Report of the Indian Hemp Drugs Commission, 1894-1895 - Volume IV
Year: 1894
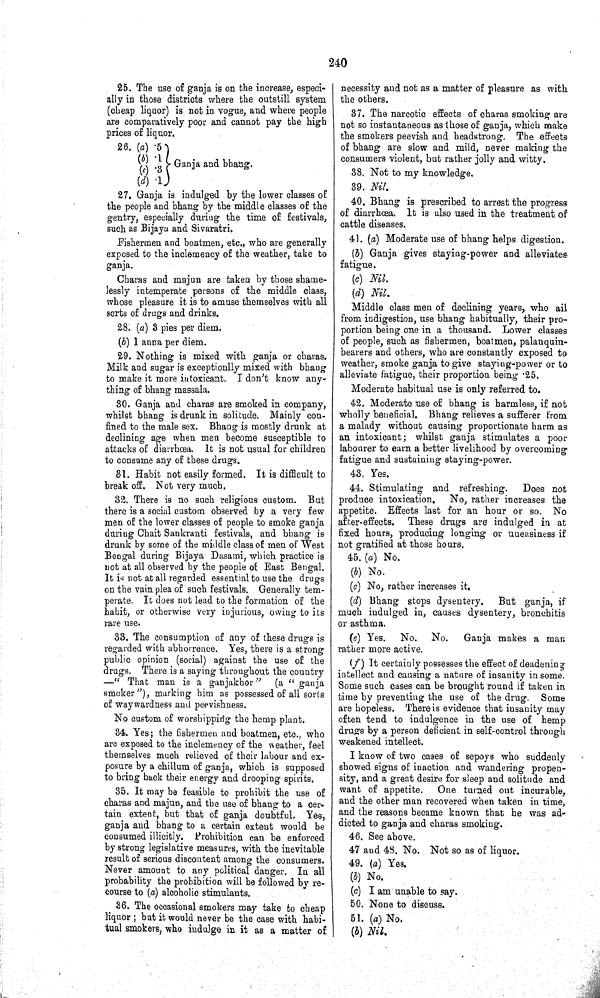
240
25. The use of ganja is on the increase, especi-
ally in those districts where the outstill system
(cheap liquor) is not in vogue, and where people
are comparatively poor and cannot pay the high
prices of liquor.
26. (a) .5
(b) .1
(c) .3 Ganja and bhang.
(d) .1
27. Ganja is indulged by the lower classes of
the people and bhang by the middle classes of the
gentry, especially during the time of festivals,
such as Bijaya and Sivaratri.
Fishermen and boatmen, etc., who are generally
exposed to the inclemency of the weather, take to
ganja.
Charas and majun are taken by those shame-
lessly intemperate persons of the middle class,
whose pleasure it is to amuse themselves with all
sorts of drugs and drinks.
28. (a) 3 pies per diem.
(b) 1 anna per diem.
29. Nothing is mixed with ganja or charas.
Milk and sugar is exceptionlly mixed with bhang
to make it more intoxicant. I don't know any-
thing of bhang massala.
30. Ganja and charas are smoked in company,
whilst bhang is drunk in solitude. Mainly con-
fined to the male sex. Bhang is mostly drunk at
declining age when men become susceptible to
attacks of diarrhœa. It is not usual for children
to consume any of these drugs.
31. Habit not easily formed. It is difficult to
break off. Not very much.
32. There is no such religious custom. But
there is a social custom observed by a very few
men of the lower classes of people to smoke ganja
during Chait Sankranti festivals, and bhang is
drunk by some of the middle class of men of West
Bengal during Bijaya Dasami, which practice is
not at all observed by the people of East Bengal.
It is not at all regarded essential to use the drugs
on the vain plea of such festivals. Generally tem-
perate. It does not lead to the formation of the
habit, or otherwise very injurious, owing to its
rare use.
33. The consumption of any of these drugs is
regarded with abhorrence. Yes, there is a strong
public opinion (social) against the use of the
drugs. There is a saying throughout the country
—"That man is a ganjakhor"
(a "ganja
smoker"), marking him as possessed of all sorts
of waywardness and peevishness.
No custom of worshipping the hemp plant.
34. Yes; the fishermen and boatmen, etc., who
are exposed to the inclemency of the weather, feel
themselves much relieved of their labour and ex-
posure by a chillum of ganja, which is supposed
to bring back their energy and drooping spirits.
35. It may be feasible to prohibit the use of
charas and majun, and the use of bhang to a cer-
tain extent, but that of ganja doubtful. Yes,
ganja and bhang to a certain extent would be
consumed illicitly. Prohibition can be enforced
by strong legislative measures, with the inevitable
result of serious discontent among the consumers.
Never amount to any political danger. In all
probability the prohibition will be followed by re-
course to (a) alcoholic stimulants.
36. The occasional smokers may take to cheap
liquor; but it would never be the case with habi-
tual smokers, who indulge in it as a matter of
necessity and not as a matter of pleasure as with
the others.
37. The narcotic effects of charas smoking are
not so instantaneous as those of ganja, which make
the smokers peevish and headstrong. The effects
of bhang are slow and mild, never making the
consumers violent, but rather jolly and witty.
38. Not to my knowledge.
39. Nil.
40. Bhang is prescribed to arrest the progress
of diarrhœa. It is also used in the treatment of
cattle diseases.
41. (a) Moderate use of bhang helps digestion.
(b) Ganja gives staying-power and alleviates
fatigue.
(c) Nil.
(d) Nil.
Middle class men of declining years, who ail
from indigestion, use bhang habitually, their pro-
portion being one in a thousand. Lower classes
of people, such as fishermen, boatmen, palanquin-
bearers and others, who are constantly exposed to
weather, smoke ganja to give staying-power or to
alleviate fatigue, their proportion being ·25.
Moderate habitual use is only referred to.
42. Moderate use of bhang is harmless, if not
wholly beneficial. Bhang relieves a sufferer from
a malady without causing proportionate harm as
an intoxicant; whilst ganja stimulates a poor
labourer to earn a better livelihood by overcoming
fatigue and sustaining staying-power.
43. Yes.
44. Stimulating and refreshing.
Does not
produce intoxication. No, rather increases the
appetite. Effects last for an hour or so. No
after-effects. These drugs are indulged in at
fixed hours, producing longing or uneasiness if
not gratified at those hours.
45. (a) No.
(b) No.
(c) No, rather increases it.
(d) Bhang stops dysentery.
But ganja, if
much indulged in, causes dysentery, bronchitis
or asthma.
(e) Yes. No. No.
Ganja makes a man
rather more active.
(f) It certainly possesses the effect of deadening
intellect and causing a nature of insanity in some.
Some such cases can be brought round if taken in
time by preventing the use of the drug. Some
are hopeless. There is evidence that insanity may
often tend to indulgence in the use of hemp
drugs by a person deficient in self-control through
weakened intellect.
I know of two cases of sepoys who suddenly
showed signs of inaction and wandering propen-
sity, and a great desire for sleep and solitude and
want of appetite.
One turned out incurable,
and the other man recovered when taken in time,
and the reasons became known that he was ad-
dicted to ganja and charas smoking.
46. See above.
47 and 48. No. Not so as of liquor.
49. (a) Yes.
(b) No.
(c) I am unable to say.
50. None to discuss.
51. (a) No.
(b)
Nil.